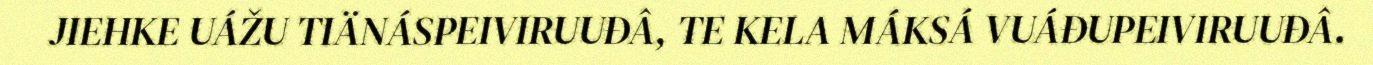
JIEHKE UÁŽU TIÄNÁSPEIVIRUUĐÂ, TE KELA MÁKSÁ VUÁĐUPEIVIRUUĐÂ.